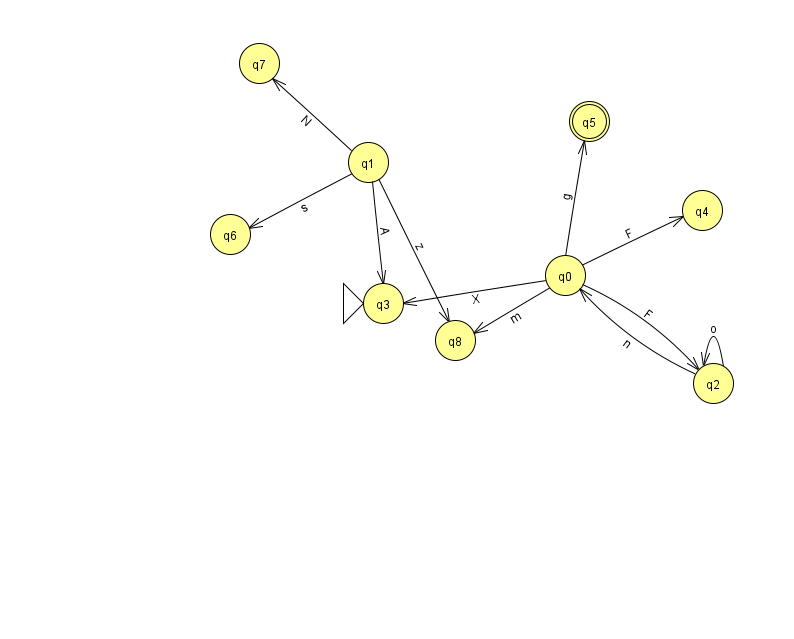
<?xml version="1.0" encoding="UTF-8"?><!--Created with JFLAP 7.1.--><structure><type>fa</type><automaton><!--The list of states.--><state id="0" name="q0"><x>565.0</x><y>262.0</y></state><state id="1" name="q1"><x>368.0</x><y>149.0</y></state><state id="2" name="q2"><x>713.0</x><y>370.0</y></state><state id="3" name="q3"><x>383.0</x><y>290.0</y><initial/></state><state id="4" name="q4"><x>702.0</x><y>197.0</y></state><state id="5" name="q5"><x>589.0</x><y>108.0</y><final/></state><state id="6" name="q6"><x>230.0</x><y>221.0</y></state><state id="7" name="q7"><x>259.0</x><y>50.0</y></state><state id="8" name="q8"><x>455.0</x><y>327.0</y></state><!--The list of transitions.--><transition><from>2</from><to>0</to><read>n</read></transition><transition><from>0</from><to>4</to><read>F</read></transition><transition><from>0</from><to>8</to><read>m</read></transition><transition><from>1</from><to>8</to><read>z</read></transition><transition><from>0</from><to>3</to><read>X</read></transition><transition><from>0</from><to>5</to><read>g</read></transition><transition><from>1</from><to>7</to><read>N</read></transition><transition><from>0</from><to>2</to><read>F</read></transition><transition><from>1</from><to>6</to><read>s</read></transition><transition><from>1</from><to>3</to><read>A</read></transition><transition><from>2</from><to>2</to><read>o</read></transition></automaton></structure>